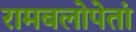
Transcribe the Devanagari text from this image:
रामबलोपेतां